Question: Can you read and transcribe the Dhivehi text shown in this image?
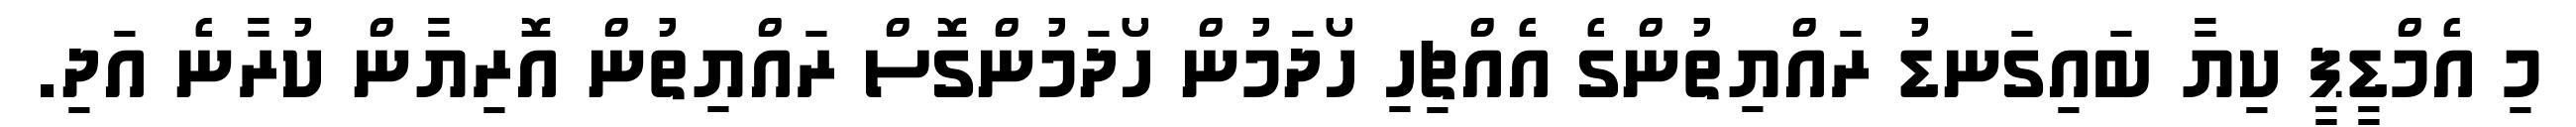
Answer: މި އެމްޑީޕީ ކިޔާ ބައިގަނޑު ރައްޔިތުންގެ އެއްޗިހި ހޯދަމުން ހޯދަމުންގޮސް ރައްޔިތުން އޮރިޔާން ކުރާނެ އަދި.